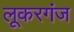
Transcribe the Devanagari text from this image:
लूकरगंज